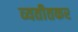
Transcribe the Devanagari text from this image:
व्यतीतकर